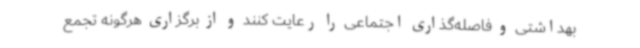
بهداشتی و فاصله‌گذاری اجتماعی را رعایت کنند و از برگزاری هرگونه تجمع